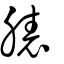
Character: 脿